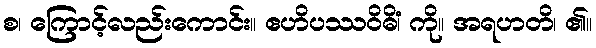
စ၊ ကြောင့်လည်းကောင်း။ ဧဟိပဿဝိဓိံ၊ ကို။ အရဟတိ၊ ၏။